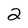
Character: 2